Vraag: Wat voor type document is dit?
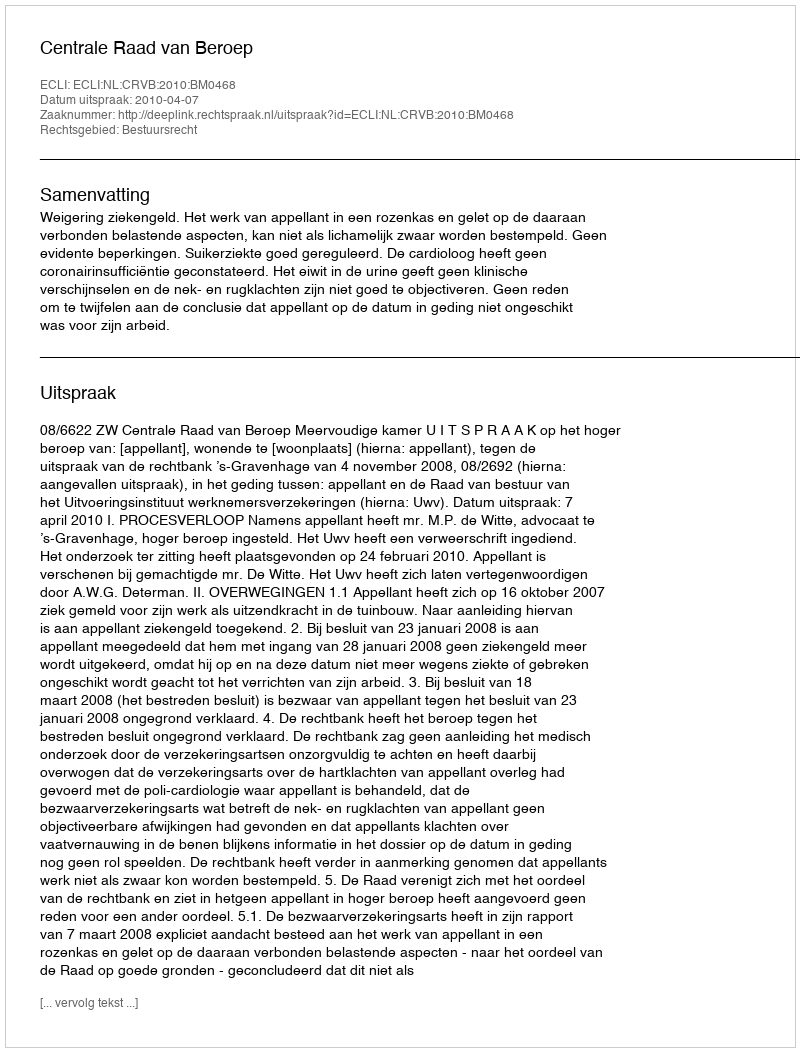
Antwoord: Uitspraak